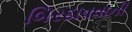
બિરદાવવાની